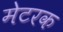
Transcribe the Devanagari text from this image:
मेटरक